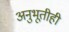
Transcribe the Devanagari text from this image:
अनुभूतीही